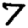
Digit: 7